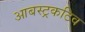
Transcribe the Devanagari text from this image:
आबस्ट्रकटिव